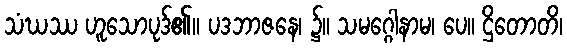
သံဃဿ ဟူသောပုဒ်၏။ ပဒဘာဇနေ၊ ၌။ သမဂ္ဂေါနာမ၊ ပေ။ ဌိတောတိ၊